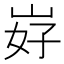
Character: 𱛧